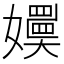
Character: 嬽